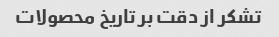
تشکر از دقت بر تاریخ محصولات